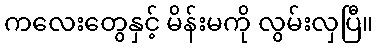
ကလေးတွေနှင့် မိန်းမကို လွမ်းလှပြီ။